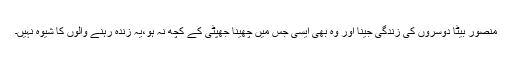
منصور بیٹا دوسروں کی زندگی جینا اور وہ بھی ایسی جس میں چھینا جھپٹی کے کچھ نہ ہو،یہ زندہ رہنے والوں کا شیوہ نہیں۔